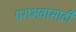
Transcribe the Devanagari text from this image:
पराभवासाठी